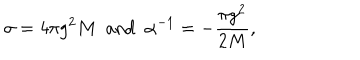
LaTeX: \sigma = 4 \pi g ^ { 2 } M ~ ~ \mathrm { a n d } ~ ~ \alpha ^ { - 1 } = - \frac { \pi g ^ { 2 } } { 2 M } ,